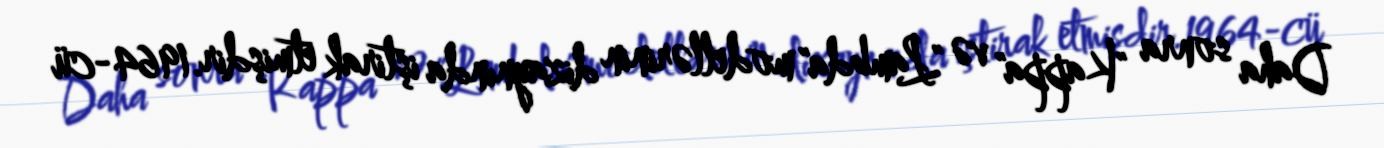
Daha sonra "Kappa" və "Lambda" modellərinin dizaynında iştirak etmişdir.1964-cü